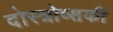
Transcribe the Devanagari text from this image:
दोस्त्रोव्सकी